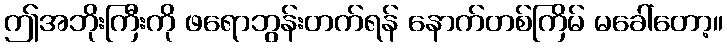
ဤအဘိုးကြီးကို ဖရောဘွန်းတက်ရန် နောက်တစ်ကြိမ် မခေါ်တော့။